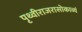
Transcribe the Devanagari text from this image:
पृथ्वीराजरासोकाव्यं